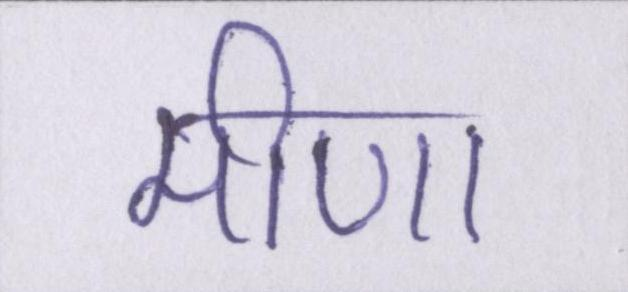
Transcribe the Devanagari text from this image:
मीणा